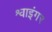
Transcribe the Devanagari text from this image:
श्वाइंगर